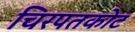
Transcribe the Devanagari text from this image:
चिरपतकोट